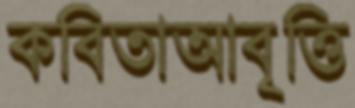
কবিতাআবৃত্তি